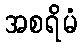
အစရိမံ